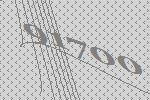
91700